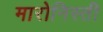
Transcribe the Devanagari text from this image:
मारोनिस्ती